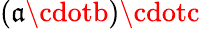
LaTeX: (\mathfrak{a}\cdotb)\cdotc